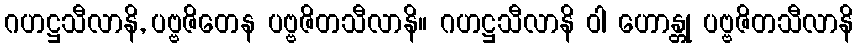
ဂဟဋ္ဌသီလာနိ, ပဗ္ဗဇိတေန ပဗ္ဗဇိတသီလာနိ။ ဂဟဋ္ဌသီလာနိ ဝါ ဟောန္တု ပဗ္ဗဇိတသီလာနိ